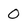
Character: O